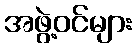
အဖွဲ့ဝင်များ